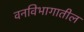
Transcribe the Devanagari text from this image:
वनविभागातील